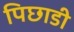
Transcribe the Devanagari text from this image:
पिछाडी